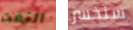
التفت سنخسر